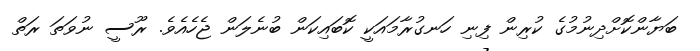
ބަޔާންކޮށްދިނުމުގެ ކުރިން ފިނި ހަނގުރާމައަކީ ކޮބައިކަން ބުނެލަން ޖެހެއެވެ. ރޫސީ ނުވަތަ ރަތް